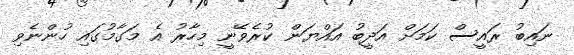
ނައިބު ރައީސް ކަމަށް އަދީބު އައްޔަން ކުރެވޭނީ މިހާރު އެ މަގާމުގައި ހުންނެވި